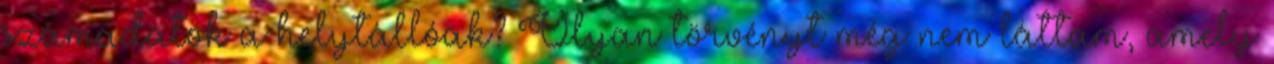
számadatok a helytállóak? Olyan törvényt még nem láttam, amely